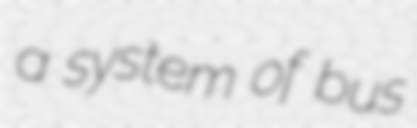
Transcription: a system of bus